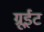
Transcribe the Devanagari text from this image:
ग्रूईट